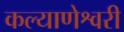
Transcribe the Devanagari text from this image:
कल्याणेश्वरी